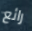
رائع